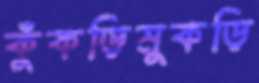
কুঁকড়িমুকড়ি